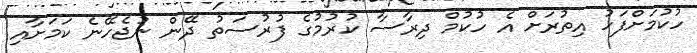
ހުކުމަށްފަހު އިތުރަށް އެ ހުކުމް ދިރާސާ ކުރުމުގެ ފުރުސަތު ދޭން ނުޖެހޭނެ ކަމަށާއި